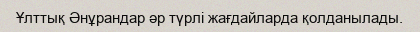
Ұлттық Әнұрандар әр түрлі жағдайларда қолданылады.